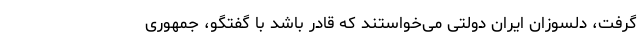
گرفت، دلسوزان ایران دولتی می‌خواستند که قادر باشد با گفتگو، جمهوری